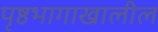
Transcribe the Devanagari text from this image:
पृष्ठभागाखालील